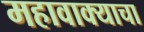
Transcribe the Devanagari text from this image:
महावाक्याचा